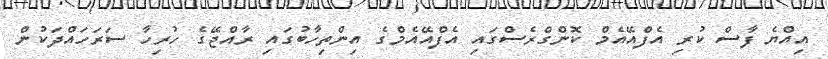
އިއްޔެ ފާސް ކުރި އެފްއޭއެމް ކޮންގްރެސްގައި އެފްއޭއެމްގެ އިންތިހާބުގައި ރާއްޖޭގެ ހުރިހާ ސަރަހައްދަކުން